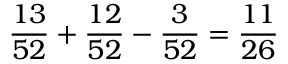
{ \frac { 1 3 } { 5 2 } } + { \frac { 1 2 } { 5 2 } } - { \frac { 3 } { 5 2 } } = { \frac { 1 1 } { 2 6 } }